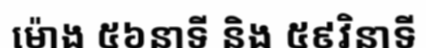
ម៉ោង ៥៦នាទី និង ៥៩វិនាទី